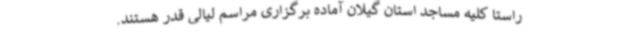
راستا کلیه مساجد استان گیلان آماده برگزاری مراسم لیالی قدر هستند.